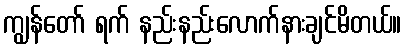
ကျွန်တော် ရက် နည်းနည်းလောက်နားချင်မိတယ်။